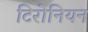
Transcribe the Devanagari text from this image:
टिरोनियन